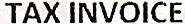
TAX INVOICE